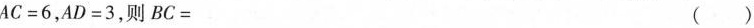
$$A C = 6$$，$$A D = 3$$，则$$B C =$$ ()